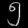
Digit: ၅